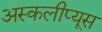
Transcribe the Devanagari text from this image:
अस्कलीप्यूस